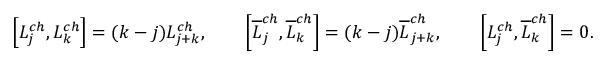
\left[ L _ { j } ^ { c h } , L _ { k } ^ { c h } \right] = ( k - j ) L _ { j + k } ^ { c h } , \qquad \left[ \overline { { L } } _ { j } ^ { c h } , \overline { { L } } _ { k } ^ { c h } \right] = ( k - j ) \overline { { L } } _ { j + k } ^ { c h } , \qquad \left[ L _ { j } ^ { c h } , \overline { { L } } _ { k } ^ { c h } \right] = 0 .